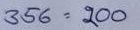
356 = 200